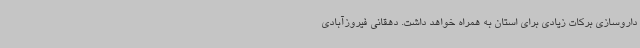
داروسازی برکات زیادی برای استان به همراه خواهد داشت. دهقانی فیروزآبادی